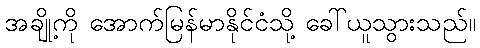
အချို့ကို အောက်မြန်မာနိုင်ငံသို့ ခေါ်ယူသွားသည်။